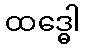
ထဒ္ဓေါ